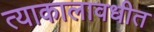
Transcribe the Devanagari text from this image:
त्याकालावधीत